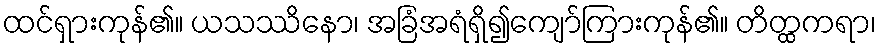
ထင်ရှားကုန်၏။ ယသဿိနော၊ အခြံအရံရှိ၍ကျော်ကြားကုန်၏။ တိတ္ထကရာ၊